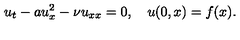
u _ { t } - a u _ { x } ^ { 2 } - { \nu } { u } _ { x x } = 0 , \quad u ( 0 , x ) = f ( x ) .